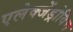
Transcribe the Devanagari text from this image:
एलेक्जेंड्रोविच